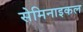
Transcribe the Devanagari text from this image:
सेमिनाइकल